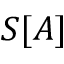
S [ A ]